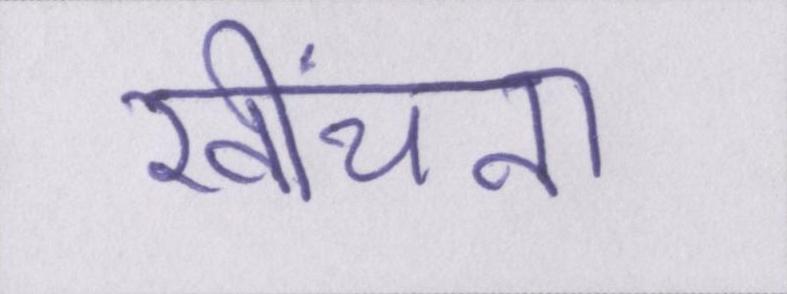
खींचना